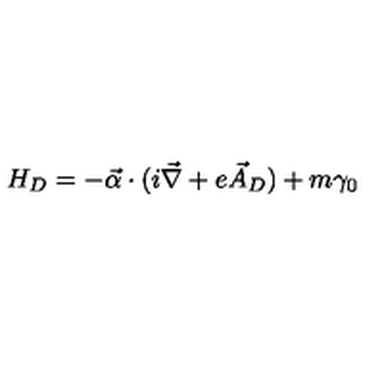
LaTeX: H _ { D } = - \vec { \alpha } \cdot ( i \vec { \nabla } + e \vec { A } _ { D } ) + m \gamma _ { 0 }